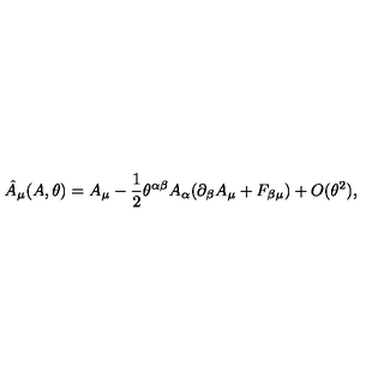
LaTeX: \hat { A } _ { \mu } ( A , \theta ) = A _ { \mu } - \frac { 1 } { 2 } \theta ^ { \alpha \beta } A _ { \alpha } ( \partial _ { \beta } A _ { \mu } + F _ { \beta \mu } ) + O ( \theta ^ { 2 } ) ,